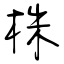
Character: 株